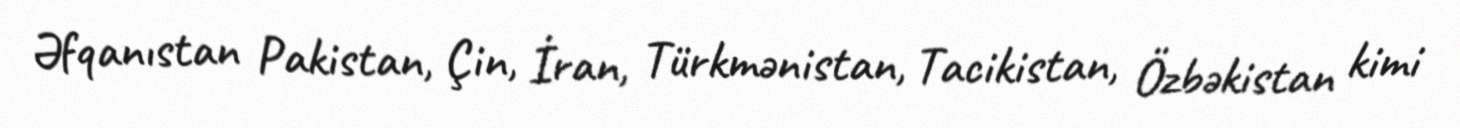
Əfqanıstan Pakistan, Çin, İran, Türkmənistan, Tacikistan, Özbəkistan kimi